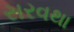
સરવથા